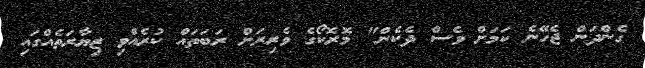
ގެންދަން ޖެހޭނެ ކަމަށް ވެސް ދެކެން" މޮރޮކޯގެ ވެރިރަށް ރަބަތައް ކުރެއްވި ޒިޔާރަތެއްގައި